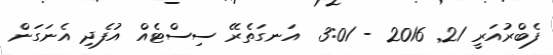
ފެބްރުއަރީ 21